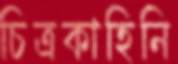
চিত্রকাহিনি